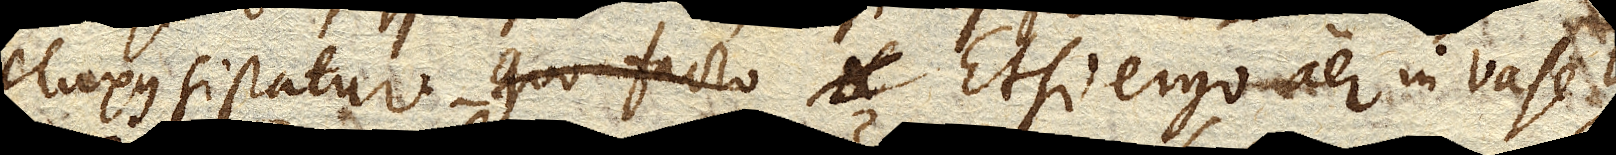
fluxus sistatur. Quo facto Etsi ergo aer in vase D